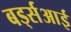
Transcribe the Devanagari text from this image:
बर्ड्सआई